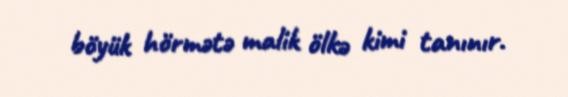
böyük hörmətə malik ölkə kimi tanınır.